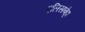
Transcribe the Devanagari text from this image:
एलिसाबेट्टा